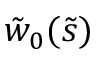
\tilde { w } _ { 0 } ( \tilde { s } )